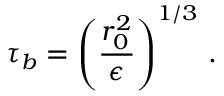
\tau _ { b } = \left( \frac { r _ { 0 } ^ { 2 } } { \epsilon } \right) ^ { 1 / 3 } \, .